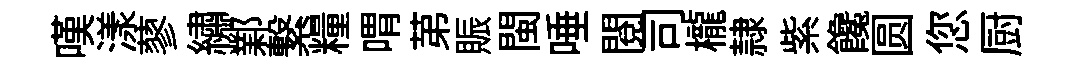
嘆漾蓼繡鄴繋糧喟苐賑閩唾閲司櫳隷紫饞圆您厨